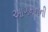
આગમનની